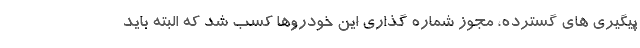
پیگیری های گسترده، مجوز‌ شماره گذاری این خودروها کسب شد که البته باید